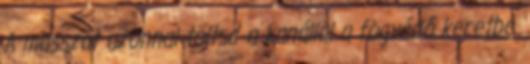
A masszát azonnal töltsd a kanállal a fogvédő keretbe.